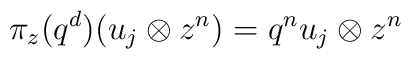
\pi_z(q^d)(u_j\otimes z^n)=q^nu_j\otimes z^n